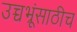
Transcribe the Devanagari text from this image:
उच्चभ्रूंसाठीच